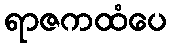
ရာဇကထံပေ